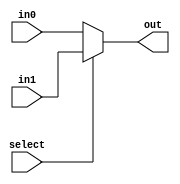
/*
 Written By: Benjamin Zaporzan
 
 simple 2-1 muxer
 */


module mux2_1(in0,in1,out,select);

   input in0,in1,select;
   output out;

   assign out = (select) ? in1 : in0;
   
endmodule // mux2_1